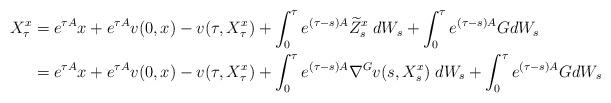
LaTeX: \begin{align*} X_\tau ^{x}&= {e^{\tau A}x+e^{\tau A}v(0,x)-v(\tau,X_\tau^{x})+\int_0^\tau e^{(\tau-s)A}\widetilde Z_s^x\;dW_s +\int_0^\tau e^{(\tau-s)A}GdW_s}\\ &= e^{\tau A}x+e^{\tau A}v(0,x)-v(\tau,X_\tau^{x})+\int_0^\tau e^{(\tau-s)A}\nabla^G v(s,X_s^x)\;dW_s +\int_0^\tau e^{(\tau-s)A}GdW_s \end{align*}